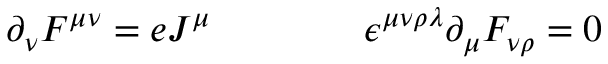
\partial _ { \nu } F ^ { \mu \nu } = e J ^ { \mu } \qquad \qquad \epsilon ^ { \mu \nu \rho \lambda } \partial _ { \mu } F _ { \nu \rho } = 0